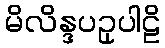
မိလိန္ဒပဥှပါဠိ